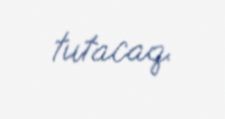
tutacaq.